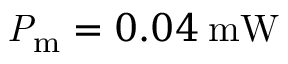
\mathrm { \mathit { P } _ { m } } = 0 . 0 4 \: \mathrm { m W }